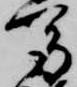
馬